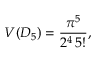
V ( D _ { 5 } ) = \frac { \pi ^ { 5 } } { 2 ^ { 4 } \, 5 ! } ,